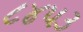
૮૪૫૩